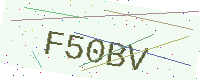
Text: F50BV